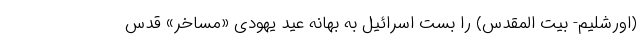
(اورشلیم- بیت المقدس) را بست اسرائیل به بهانه عید یهودی «مساخر» قدس